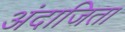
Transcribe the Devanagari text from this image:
अंदाजिता